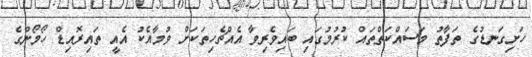
ހަށިގަނޑުގެ ތަފާތު މަސައްކަތްތައް ކުރުމުގައި ބައިވެރިވާ އެއްޗެހިތަކަށް ވުމާއެކު އެއީ ތައިރޮއިޑް ހޯމޯންގެ